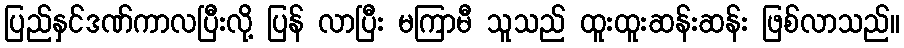
ပြည်နှင်ဒဏ်ကာလပြီးလို့ ပြန် လာပြီး မကြာမီ သူသည် ထူးထူးဆန်းဆန်း ဖြစ်လာသည်။